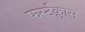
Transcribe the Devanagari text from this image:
फर्स्टक्लास